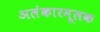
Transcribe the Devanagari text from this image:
अलंकारमूलक